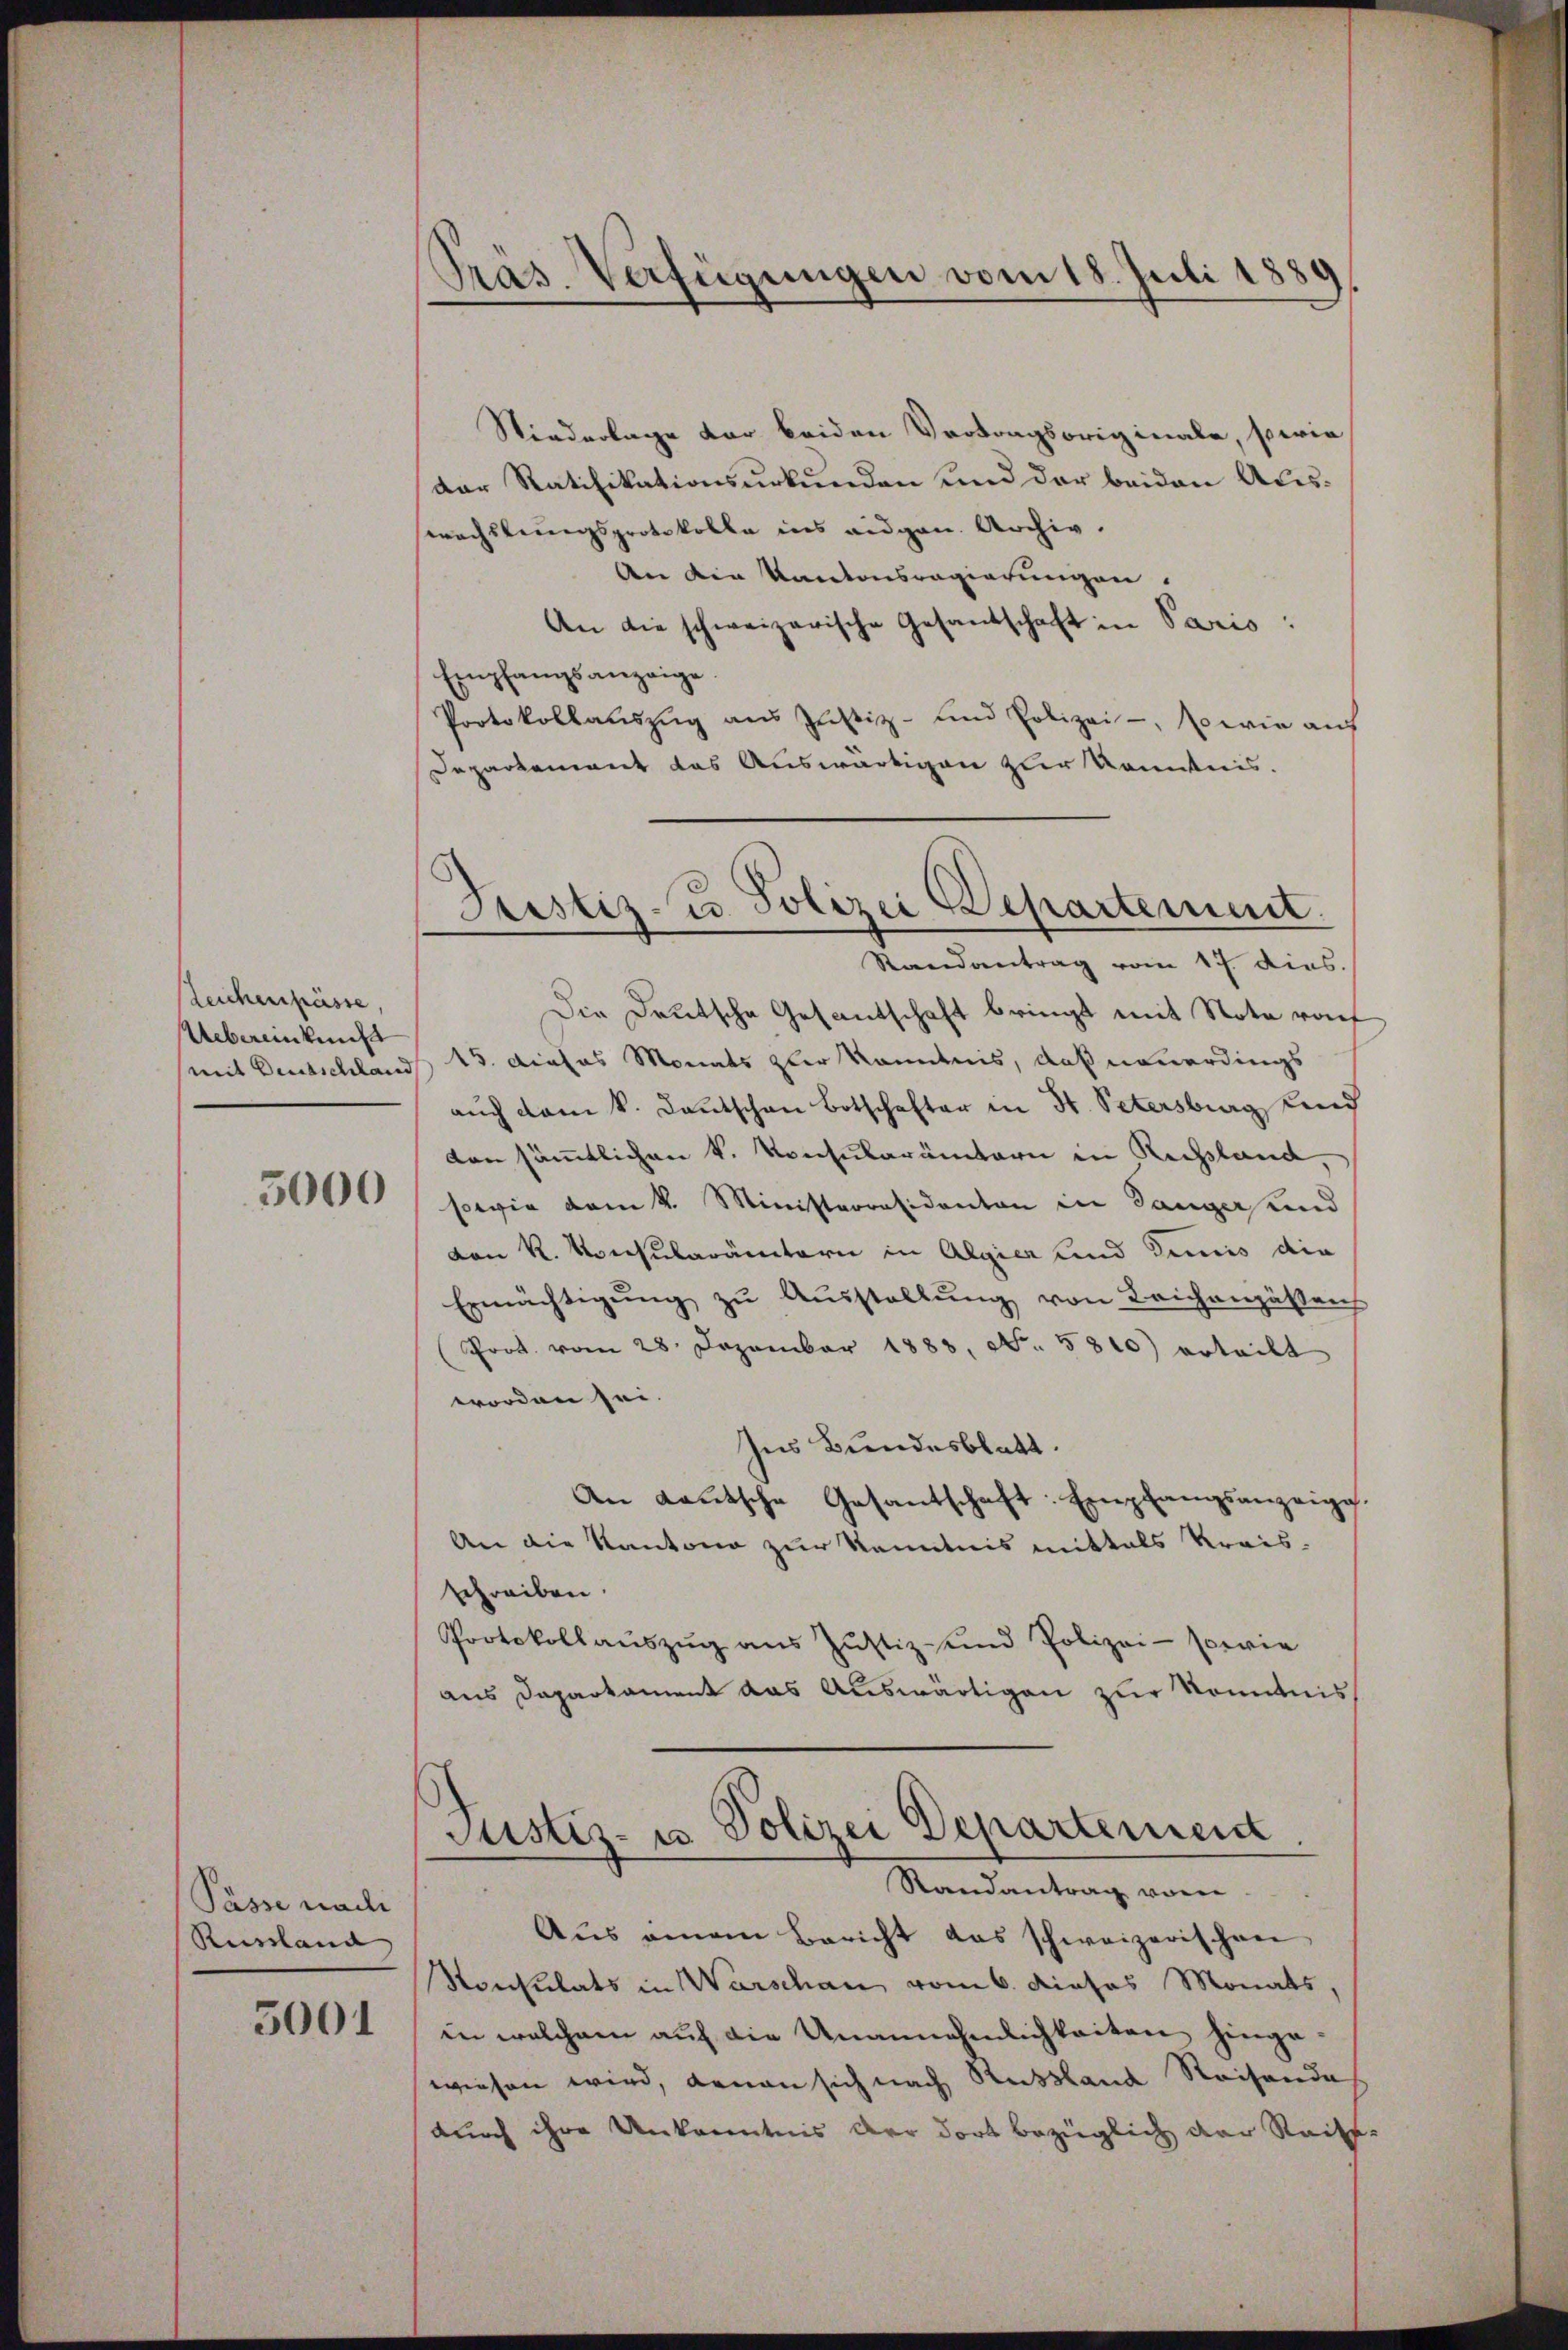
Leichenpässe,
Uebereinkunft
mit Deutschland

3000

Pässe nach
Russland

3001

Pras. Verfügungen vom 18. Juli 18
)

Justiz- u. Polizei Departement.

Niederlage der beiden Vertragsoriginale, sowie
der Ratifikationsurkunden und der beiden Auswechslungsprotokolle ins eidgen. Archiv.
An die Kantonsregierungen.
An die schweizerische Gesandschaft in Paris:
Empfangsanzeige.
Protokollaŭszŭg ans Justiz- und Polizei-, sowie auf
Departement das Auswärtigen zur Kenntnis.
Randantrag vom 17. dies.
Die Deutsche Gesantschaft bringt mit Note raf
15. dieses Monats zur Kenntnis, daß neuerdings
aŭch dem k. Kautschen Botschafter in St. Petersburg und
von sämtlichen k. Konsularämtern in Rechsland,
sowie vom 4. Ministerresidenten in Ganger und
von R. Konsularämtern in Algier und Dimis die
Ermächtigŭng zŭ Aŭsstellŭng von Leichengästens
Prot. vom 28. Dezember 1883, No. 5810) erteilt
worden sei.
Ins Bundesblatt.
An Lautsche Gesantschaft. Empfangsanzeige
An die Kantone zur Kenntnis mittals Kreis-
schreiben.
Protokollauszug aus Justiz- und Polizei- sowie
aus Daparkament das Auswärtigen zur konntnis
Justiz- u Polizei Departemend
Randantrag vom
Aus einem Bericht das schweizerischen
Nonsulats in Warschan vom 6. dieses Monats,
in welchem auf die Unannehmlichkeiten hingewiesen wird, denen sich nach Russland Reisende
durch ihre Unkenntnis der dort bezüglich der Reite